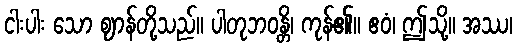
ငါးပါး သော ဈာန်တို့သည်။ ပါတုဘဝန္တိ၊ ကုန်၏။ ဧဝံ၊ ဤသို့။ အဿ၊